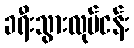
ခရီးသွားလုပ်ငန်း